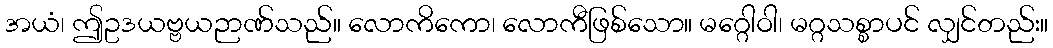
အယံ၊ ဤဥဒယဗ္ဗယဉာဏ်သည်။ လောကိကော၊ လောကီဖြစ်သော။ မဂ္ဂေါဝါ၊ မဂ္ဂသစ္စာပင် လျှင်တည်း။